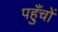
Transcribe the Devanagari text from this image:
पहुँचों